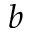
b